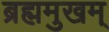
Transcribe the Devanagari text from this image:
ब्रह्ममुखम्